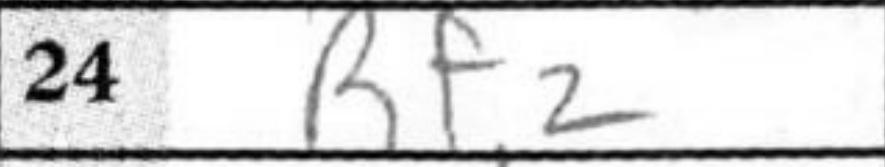
Transcription: Rf2